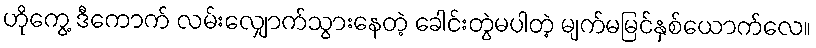
ဟိုကွေ့ ဒီကောက် လမ်းလျှောက်သွားနေတဲ့ ခေါင်းတွဲမပါတဲ့ မျက်မမြင်နှစ်ယောက်လေ။